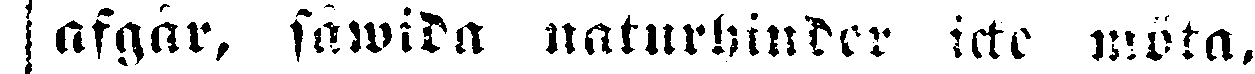
| afgår, såwida naturhinder icke möta,